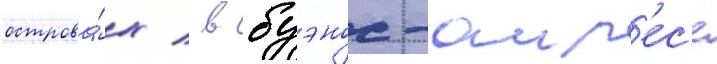
острова́х / в буэнос-аир'ес'е